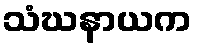
သံဃနာယက